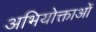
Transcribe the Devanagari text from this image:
अभियोक्ताओं